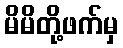
မိမိတို့ဖက်မှ